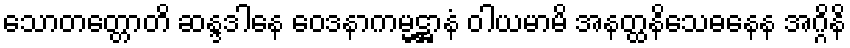
သောတတ္တောတိ ဆန္ဒဒါနေ ဝေဒနာကမ္မဋ္ဌာနံ ဝါယမာမိ အနတ္ထနိသေဓနေန အဂ္ဂိနိ